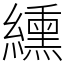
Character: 纁